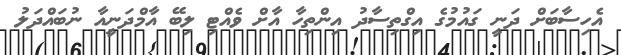
އެހިސާބަށް ދަނީ ގައުމުގެ އިގްތިސާދު އިންތިހާ އާށް ވެއްޓި ލިބޭ އާމްދަނީއާ ނުބައްދަލު